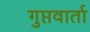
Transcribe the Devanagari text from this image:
गुप्तवार्ता